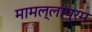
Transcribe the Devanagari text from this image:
मामल्‍लापुरम